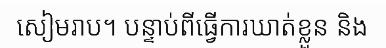
សៀមរាប។ បន្ទាប់ពីធ្វើការឃាត់ខ្លួន និង